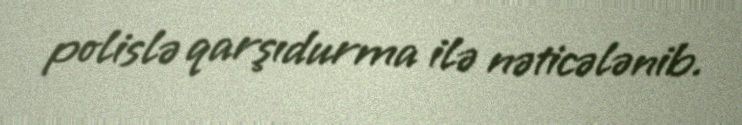
polislə qarşıdurma ilə nəticələnib.